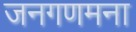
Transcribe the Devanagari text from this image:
जनगणमना